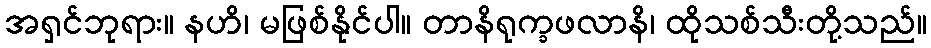
အရှင်ဘုရား။ နဟိ၊ မဖြစ်နိုင်ပါ။ တာနိရုက္ခဖလာနိ၊ ထိုသစ်သီးတို့သည်။